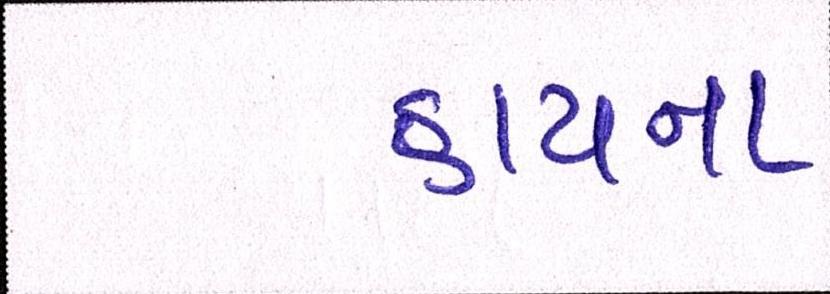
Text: હાયના